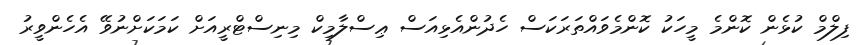
ފިލްމް ކުޅެން ކޮންމެ މީހަކު ކޮންމެވައްތަރަކަސް ހެދުންއެޅިއަސް ޢިސްލާމިކް މިނިސްޓްރީއަށް ކަމަކަށްނުވޭ އެހެންވީރު